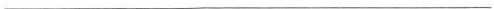
___